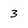
Character: 3